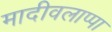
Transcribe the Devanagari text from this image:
मादीवलाप्पा